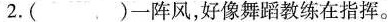
2.( )一阵风，好像舞蹈教练在指挥。